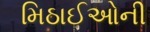
મિઠાઈઓની